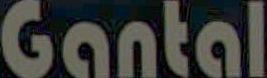
Gantal